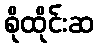
စိုထိုင်းဆ